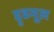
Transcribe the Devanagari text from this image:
द्दृढमूल